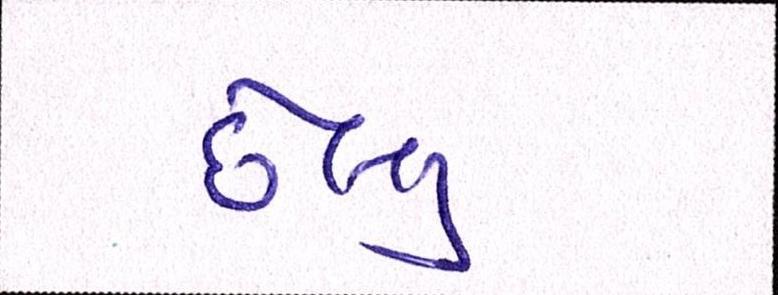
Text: છેલ્લું